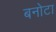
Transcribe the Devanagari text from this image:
बनोटा